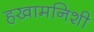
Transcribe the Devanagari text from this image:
हखामनिशी